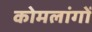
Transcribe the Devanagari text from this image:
कोमलांगों